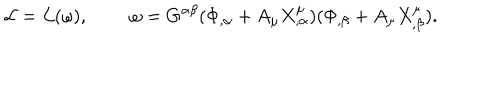
{ \cal L } = { \cal L } ( \omega ) , \; \; \omega = G ^ { \alpha \beta } ( \Phi _ { , \alpha } + A _ { \mu } X _ { , \alpha } ^ { \mu } ) ( \Phi _ { , \beta } + A _ { \mu } X _ { , \beta } ^ { \mu } ) .